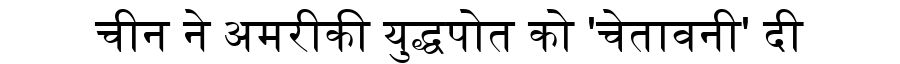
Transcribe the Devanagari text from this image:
चीन ने अमरीकी युद्धपोत को 'चेतावनी' दी